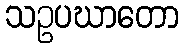
သဥပဃာတော